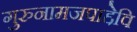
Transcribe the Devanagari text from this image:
गुरुनामजपाद्देवि